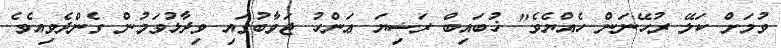
ވުމަށް ކަލޭ ރުހޭނަން ހެއްޔެވެ" ޚުބައިބް ރަޟިޔަ ޢަންހު ޖަވާބުގައި ވިދާޅުވަމުން ގެންދެވިއެވެ.